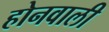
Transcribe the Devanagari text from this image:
होनवाली